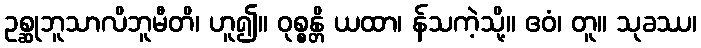
ဥစ္ဆုဘူသာလိဘူမီတိ၊ ဟူ၍။ ဝုစ္စန္တိ ယထာ၊ န်သကဲ့သို့။ ဧဝံ၊ တူ။ သုခဿ၊